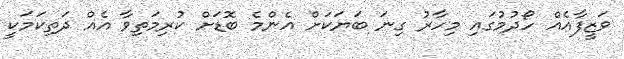
ވަޒީފާއެއް ހޯދުމުގައި މިހާރު ގިނަ ބަޔަކަށް އެންމެ ބޮޑަށް ކުރިމަތިވާ އެއް ދަތިކަމަކީ